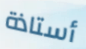
أستاذة